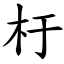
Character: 杅